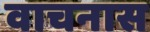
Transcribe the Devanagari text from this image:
वाचनास